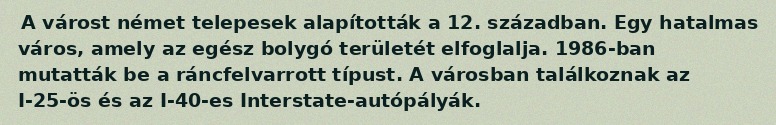
A várost német telepesek alapították a 12. században. Egy hatalmas város, amely az egész bolygó területét elfoglalja. 1986-ban mutatták be a ráncfelvarrott típust. A városban találkoznak az I-25-ös és az I-40-es Interstate-autópályák.